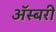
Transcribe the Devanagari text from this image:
अॅस्बरी